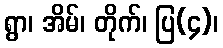
ရွာ၊ အိမ်၊ တိုက်၊ ပြ(၄)၊